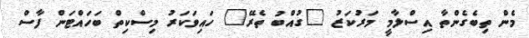
މެން ތިބެގެންތާ އިސްލާމީ މަރުކަޒު "ގުއްބު ތެރޭ" ހައިވަކަރު މިސްކިތް ބަހައްޓަން ފާސް